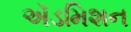
ઍડમિશન